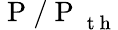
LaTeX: \mathrm{~P~/~P~}_{\mathrm{~t~h~}}